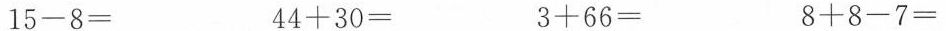
$$1 5 - 8 =$$ $$4 4 + 3 0 =$$ $$3 + 6 6 =$$ $$8 + 8 - 7 =$$